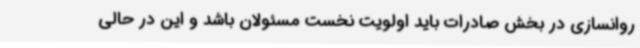
روانسازی در بخش صادرات باید اولویت نخست مسئولان باشد و این در حالی